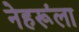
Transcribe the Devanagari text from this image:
नेहरूंला